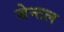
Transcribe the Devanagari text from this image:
जेन्टल